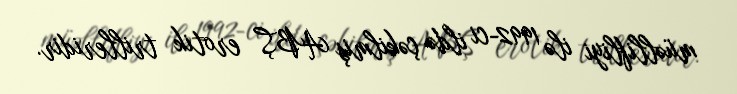
müəllifliyi ilə 1992-ci ildə çəkilmiş ABŞ erotik trilleridir.